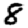
Digit: 8